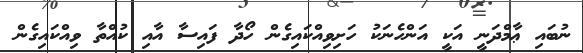
ނުބައި ޢާމްދަނީ އަކީ އަންހެނަކު ހަށިވިއްކައިގެން ހޯދާ ފައިސާ އާއި ކުއްތާ ވިއްކައިގެން